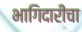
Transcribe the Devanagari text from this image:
भागिदारीचा